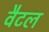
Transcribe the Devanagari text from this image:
वैटल